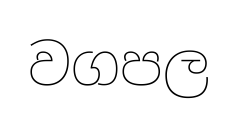
වගපල